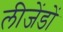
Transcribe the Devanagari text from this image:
लीजेंडों